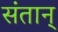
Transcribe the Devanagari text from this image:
संतान्